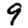
Digit: 9